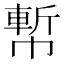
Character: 𢄤